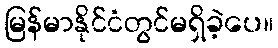
မြန်မာနိုင်ငံတွင်မရှိခဲ့ပေ။